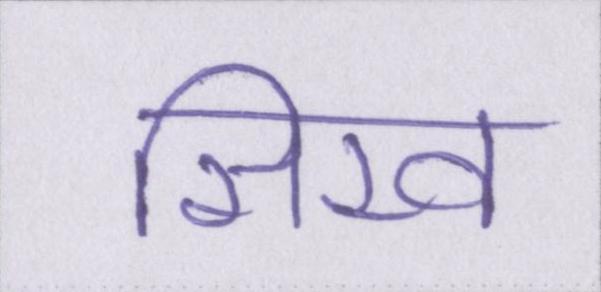
सिख